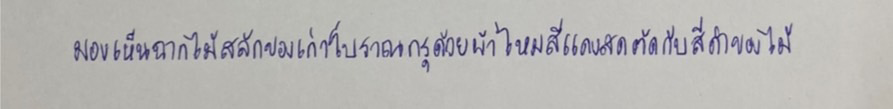
มองเห็นฉากไม้สลักของเก่าโบราณกรุด้วยผ้าไหมสีแดงสดตัดกับสีดำของไม้